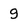
Character: g